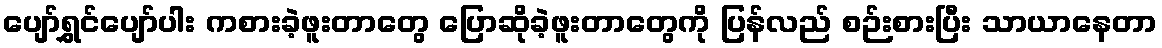
ပျော်ရွှင်ပျော်ပါး ကစားခဲ့ဖူးတာတွေ ပြောဆိုခဲ့ဖူးတာတွေကို ပြန်လည် စဉ်းစားပြီး သာယာနေတာ